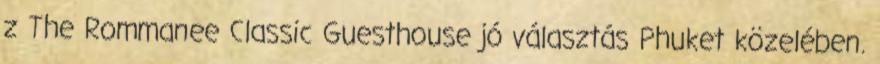
z The Rommanee Classic Guesthouse jó választás Phuket közelében.